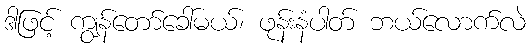
ဒါဖြင့် ကျွန်တော်ခေါ်မယ်၊ ဖုန်းနံပါတ် ဘယ်လောက်လဲ